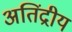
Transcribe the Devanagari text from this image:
अतिंद्रीय